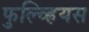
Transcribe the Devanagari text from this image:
फुल्व्हियस